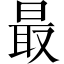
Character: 最